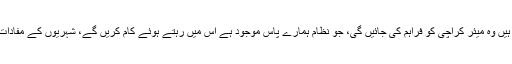
انہوں نے کہا کہ قانون میں موجود جو چیزیں ہیں وہ میئر کراچی کو فراہم کی جائیں گی، جو نظام ہمارے پاس موجود ہے اس میں رہتے ہوئے کام کریں گے، شہریوں کے مفادات پر میری میئر کراچی سے کوئی لڑائی نہیں۔